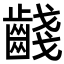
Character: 𪘪